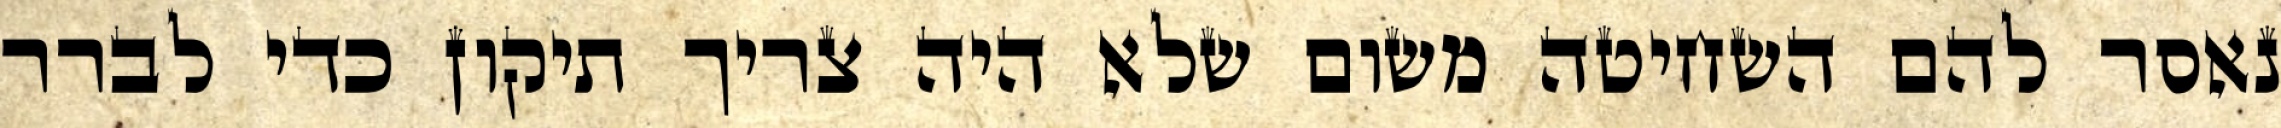
נאסר להם השחיטה משום שלא היה צריך תיקון כדי לברר